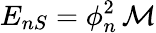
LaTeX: E_{nS}=\phi_{n}^{2}\, \mathcal{M}